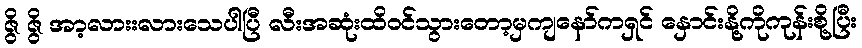
ဇွိ ဇွိ အာ့လားးလားသေပါပြီ လီးအဆုံးထိဝင်သွားတော့မှကျနော်ကရှင် နှောင်းနို့ကိုကုန်းစို့ပြီး